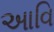
આવિ